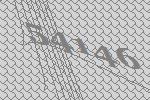
54146